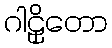
ဂါဠှိတော